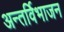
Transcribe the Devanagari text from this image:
अन्तर्विभाजन